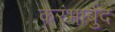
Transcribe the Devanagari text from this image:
करंभार्बुद